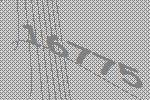
16775